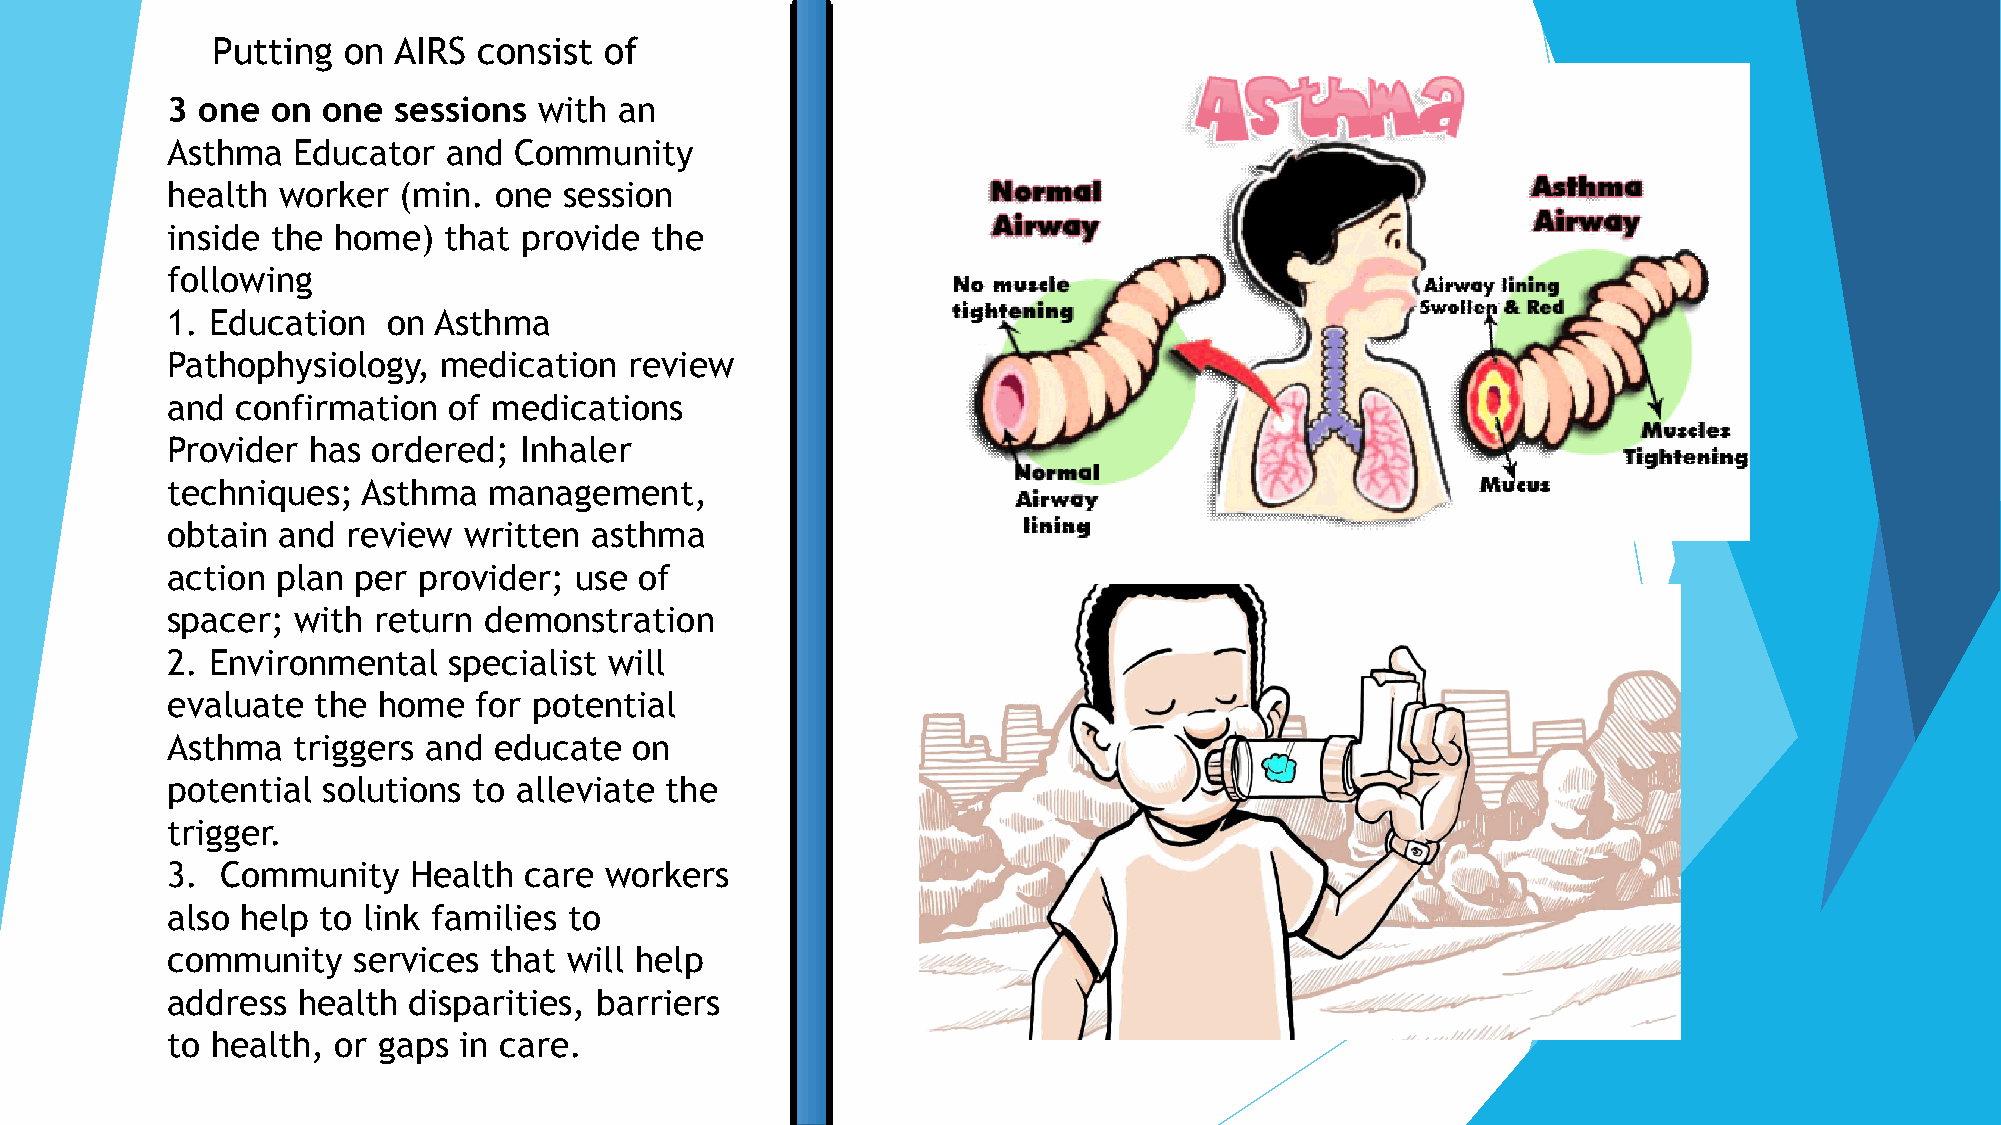
Putting  on AIRS  consist of
 3 one  on one  sessions  with an
 Asthma  Educator   and Community
 health worker  (min.  one session
 inside the home)  that  provide the
 following
 1. Education   on Asthma
 Pathophysiology,  medication   review
 and  confirmation  of medications
 Provider has  ordered; Inhaler
 techniques;  Asthma  management,
 obtain and  review  written asthma
 action plan per  provider; use of
 spacer; with  return demonstration
 2. Environmental   specialist will
 evaluate  the home  for potential
 Asthma  triggers and  educate  on
 potential solutions to alleviate the
 trigger.
 3.  Community   Health  care workers
 also help to link families to
 community   services that will help
 address  health disparities, barriers
 to health, or gaps in care.